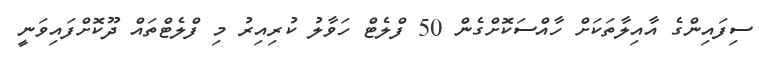
ސިފައިންގެ އާއިލާތަކަށް ހާއްސަކޮށްގެން 50 ފްލެޓް ހަވާލު ކުރިއިރު މި ފްލެޓްތައް ދޫކޮށްފައިވަނީ